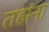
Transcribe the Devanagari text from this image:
तहांना